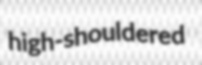
high-shouldered